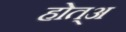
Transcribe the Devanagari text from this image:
होत्अ